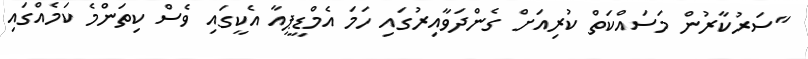
"ސަރުކާރުން މަސައްކަތް ކުރިއަށް ގެންދަވާއިރުގައި ހަމަ އެމްޑީޕީއާ އެކީގައި ވެސް ކިތަންމެ ކަމެއްގައި